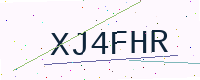
Text: XJ4FHR